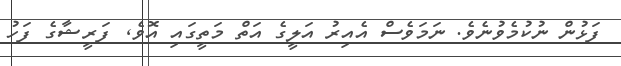
ފަޅުން ނުކުމެވުނެވެ. ނަމަވެސް އެއިރު އަލީގެ އަތް މަތީގައި އޮވެ